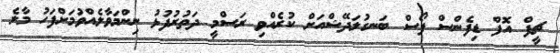
ޗީފް އޮފް ޑިފެންސް ފޯސް ބަނގުލަދޭޝްއަށް ކުރެއްވި ރަސްމީ ދަތުރުފުޅު ނިންމަވާލެއްވުމަށްފަހު މާލެ